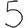
Digit: 5